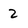
Character: 2